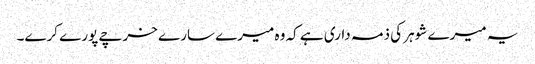
یہ میرے شوہر کی ذمہ داری ہے کہ وہ میرے سارے خرچے پورے کرے۔